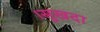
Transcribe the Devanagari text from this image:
।सुखदा